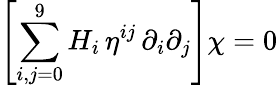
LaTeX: \left[\sum_{i,j=0}^{9}H_{i}\, \eta^{ij}\, \partial_{i}\partial_{j}\right]\chi=0